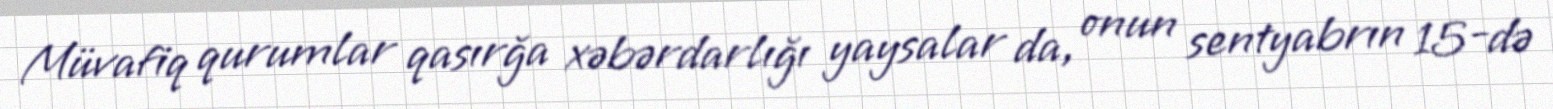
Müvafiq qurumlar qasırğa xəbərdarlığı yaysalar da, onun sentyabrın 15-də